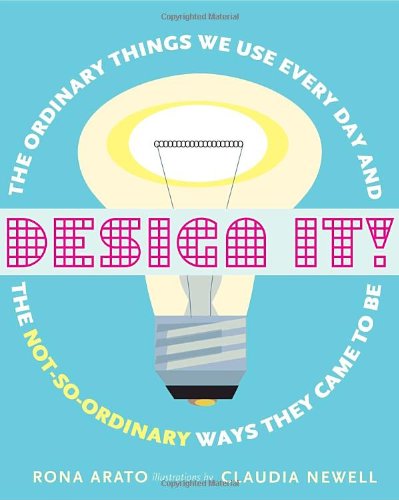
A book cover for Design It!: The Ordinary Things We Use Every Day and the Not-So-Ordinary Ways They Came to Be; Rona Arato; Children's Books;